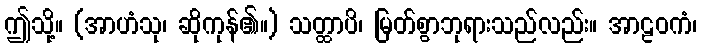
ဤသို့။ (အာဟံသု၊ ဆိုကုန်၏။) သတ္ထာပိ၊ မြတ်စွာဘုရားသည်လည်း။ အာဠဝကံ၊